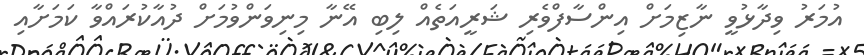
އުމަރު ވިދާޅުވީ ނާޒިމަށް އިންސާފްވެރި ޝަރީއަތެއް ލިބި އޭނާ މިނިވަންވުމަށް ދުއާކުރައްވާ ކަމަށާއި